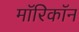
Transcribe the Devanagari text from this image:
माॅरिकाॅन